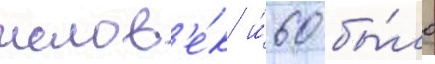
челов'е́к и́ 60 бы́ло